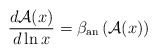
\begin{align*}\frac{d{\cal A}(x)}{d\ln x}=\beta_{\rm an}\left({\cal A}(x)\right)\end{align*}